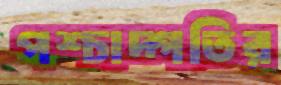
পশ্চাদ্গতির